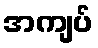
အကျပ်